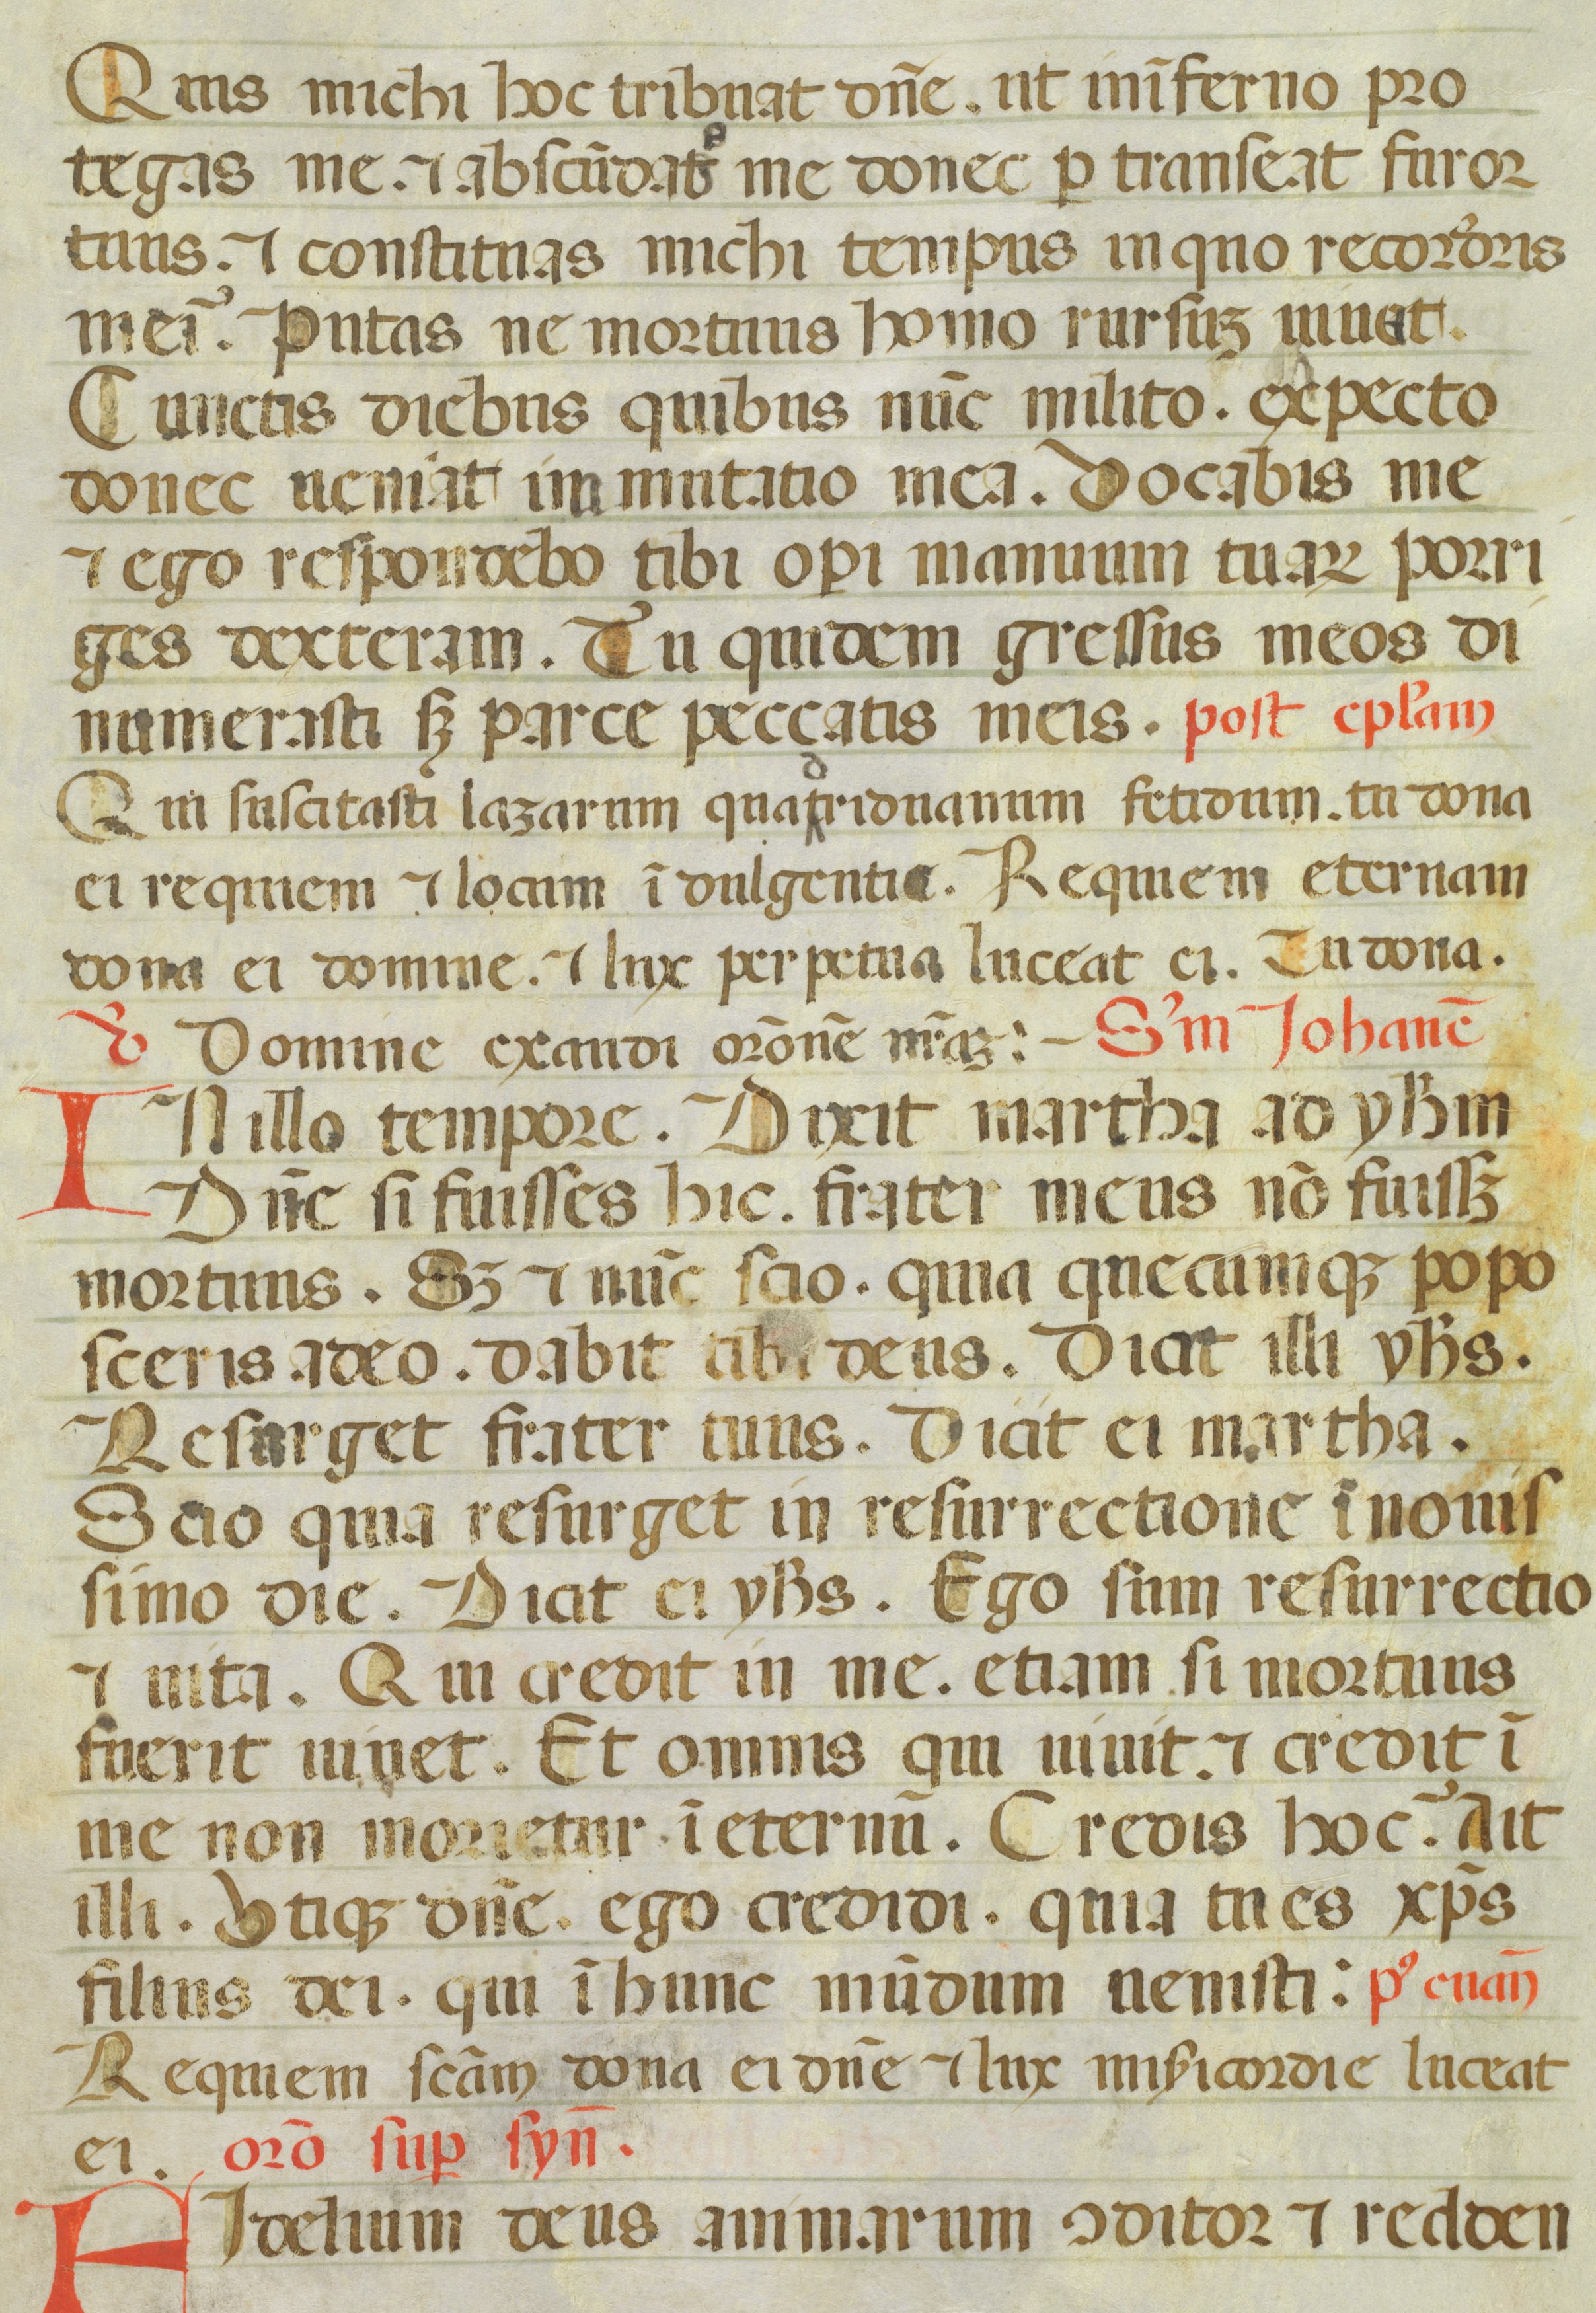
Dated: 1450–1499